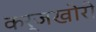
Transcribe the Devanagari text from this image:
कर्जखोरी